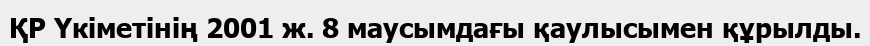
ҚР Үкіметінің 2001 ж. 8 маусымдағы қаулысымен құрылды.